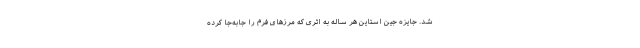
شد. جایزه جین استاین هر ساله به اثری که مرزهای فرم را جابه‌جا کرده